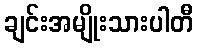
ချင်းအမျိုးသားပါတီ